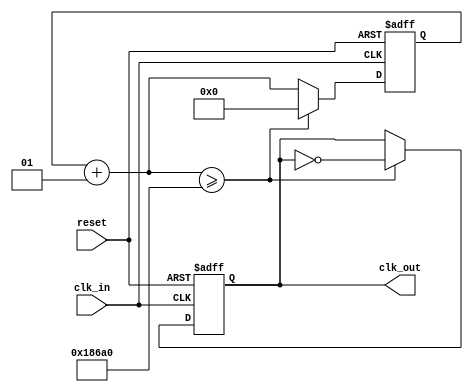
/**********************************************************
*	Project: 	010110 Non Overlapping Sequence Detector
*	Designer:	Liam Gogley
*	Rev. Date: 	2016-02-11
*
*	Purpose:		Pull the 100MHz clock frequency on the
*					FPGA board to 500Hz for our evaluation.
*
*	Notes:		Used to create a working 500Hz clock pulse.
**********************************************************/
`timescale 1ns / 1ps

module clk_div(clk_in, reset, clk_out);

	input		clk_in, reset;
	output	clk_out;
	reg		clk_out;
	
	integer	i;
	
	//******************************************************
	// The following verilog code will "divide" an 
	// incoming clock by the 32-bit decimal value 
	// specified in the "if condition"
	//
	// The value of the counter that counts the incoming 
	//	clock ticks is equal to:
	// [ (Icoming Freq / Outgoing Freq) / 2 ]
	//******************************************************

	always @(posedge clk_in or posedge reset) 
	begin
		if (reset == 1'b1) 
		begin
			i = 0;
			clk_out = 0;
		end
		// got a clock, so increment the counter and
		// test to see if half a period has elapsed
		else 
		begin
			i = i + 1;
			
			// since clk is 100MHz, 
			// and desired frequency is 500Hz
			// (100MHz/500Hz)/2 = 100000
		if (i >= 100000) 
			begin
				clk_out = ~clk_out; 
				// if clk pulse is 0, reset integer
				i = 0;
			end //if
		end //else
	end //always
	
endmodule